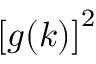
\left[ g ( \boldsymbol { k } ) \right] ^ { 2 }